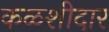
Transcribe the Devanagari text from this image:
कळशीदार